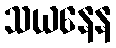
သယနေန